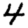
Digit: 4